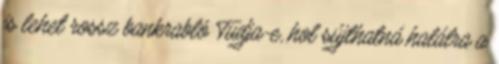
is lehet rossz bankrabló Tudja-e, hol sújthatná halálra a